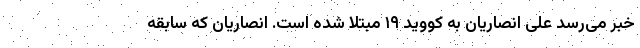
خبر می‌رسد علی انصاریان به کووید ۱۹‌ مبتلا شده است. انصاریان که سابقه